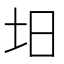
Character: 𡉭